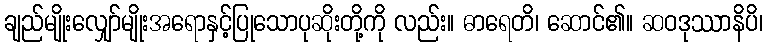
ချည်မျိုးလျှော်မျိုးအရောနှင့်ပြုသောပုဆိုးတို့ကို လည်း။ ဓာရေတိ၊ ဆောင်၏။ ဆဝဒုဿာနိပိ၊